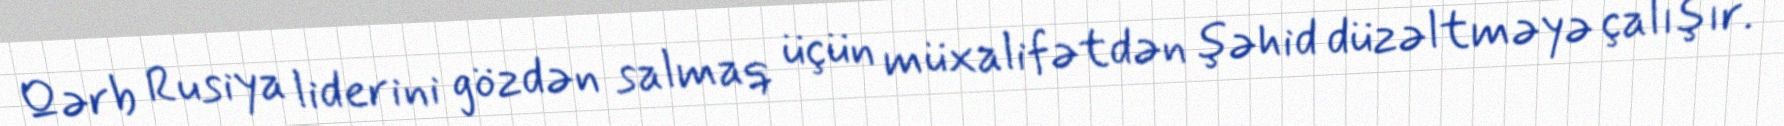
Qərb Rusiya liderini gözdən salmaq üçün müxalifətdən şəhid düzəltməyə çalışır.